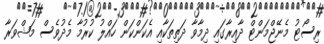
ރިސޯޓު މެނޭޖްމަންޓް ދާއިރާގައި ދިމާވާ ދަތިތަކާއި އެކަންކަން ހައްލު ކުރުމާ މެދުވެސް މަޝްވަރާ